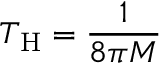
T _ { \mathrm { H } } = { \frac { 1 } { 8 \pi M } }